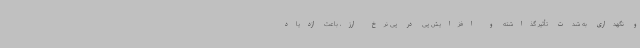
و نگهداری به شدت تأثیر گذاشته و افزایش پی در پی نرخ ارز، باعث ازدیاد